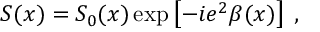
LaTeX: S ( x ) = { \cal S } _ { 0 } ( x ) \exp \left[ - i e ^ { 2 } \beta ( x ) \right] \; ,